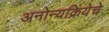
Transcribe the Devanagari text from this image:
अनोन्यक्रियेचे